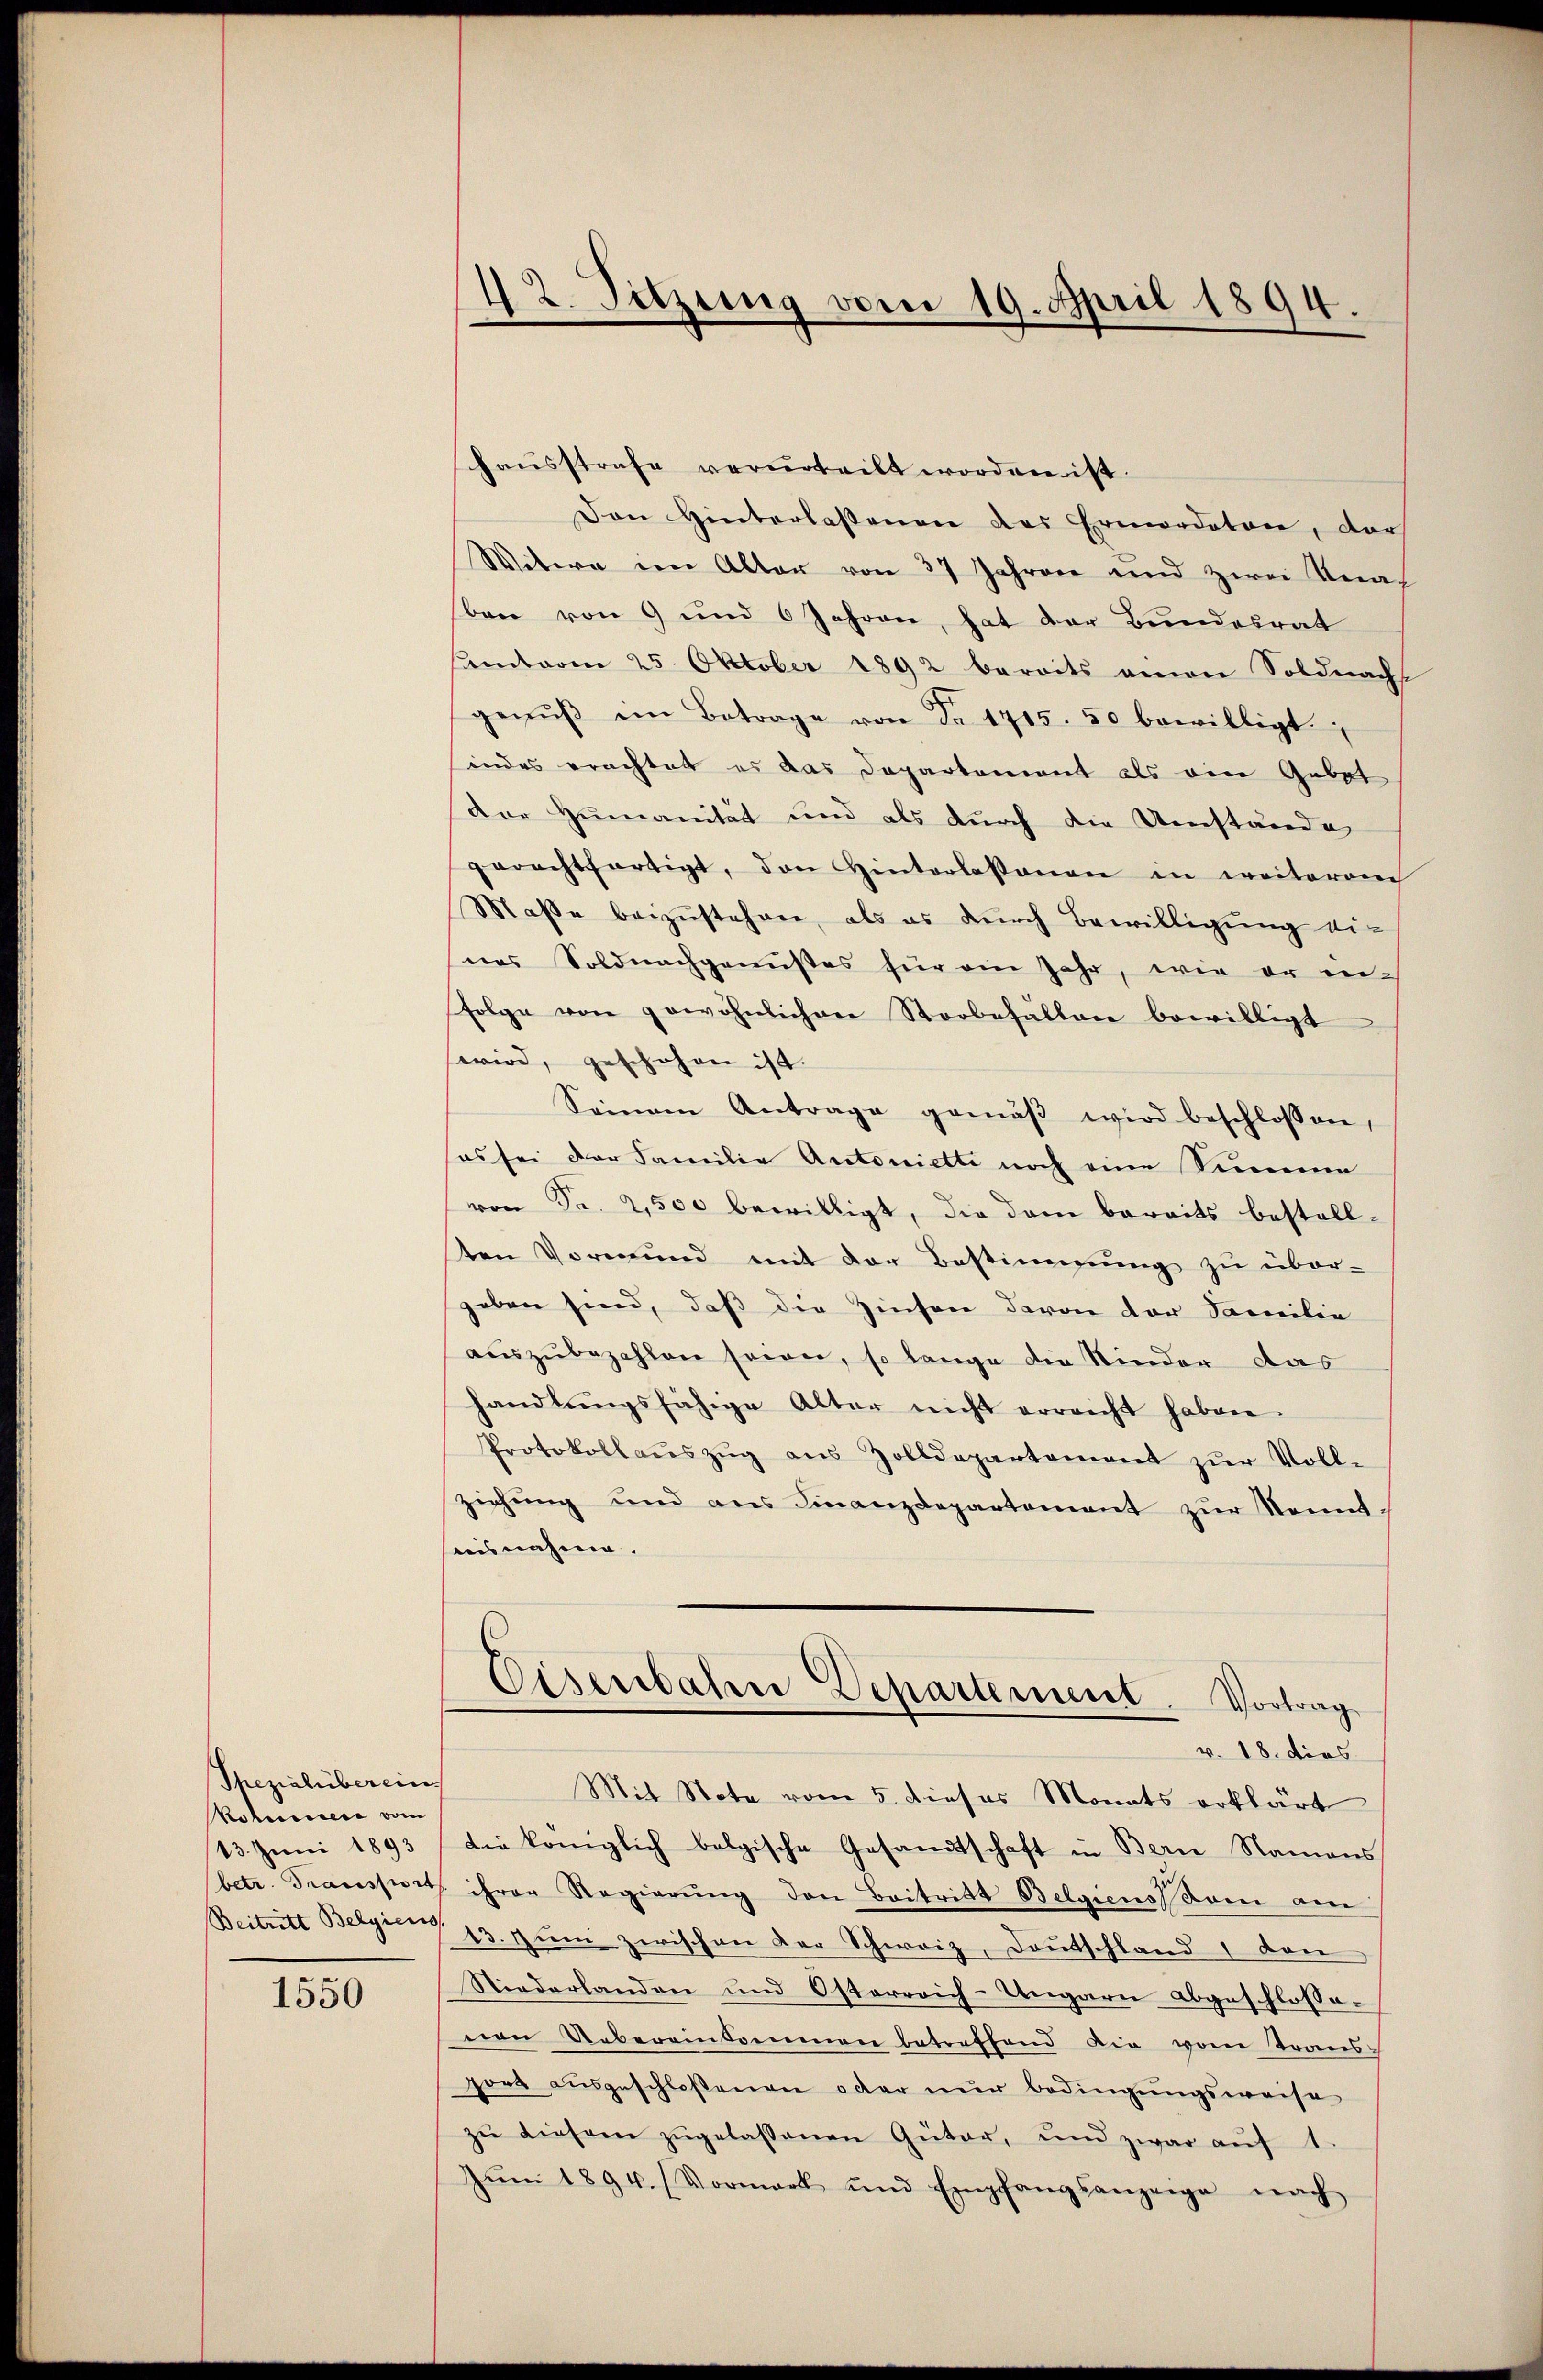
Thezialiberein
Potuiere vom
13. Juni 1893

1550

42. Sitzung vom 19. April 1894.

haŭsstrafe verurteilt worden ist.
Den Hinterlassenen des Ermordeten, der
Witwe im Alter von 37 Jahren und zwei Kraf
ben von 9 und 6 Jahren, hat der Bundesrat
samt vom 25. Oktober 1892 bereits einen Soldnach
genŭβ im Betrage von Fr. 1715. 50 bewilligt.
inders erachtet es das Departement als ein Gebot
der Humanität und als durch die Umstände
gerechtfertigt, den Hinterlassenen in weiterem
Maße beizustehen, als es durch Bewilligung eines Soldnachgenußes für ein Jahr, wie er in-
folge von gewöhnlichen Storbefällen bewilligt
wird, geschehen ist.
Sanen Antrage gemäβ wird beschlossen,
es sei der Familie Autoniette noch eine Summe
von Fr. 2,500 bewilligt, die dem bereits bestellten Vormund mit der Bestimmung zu über-
geben sind, daß die Zinsen davon der Familie
aŭszŭbezahlen seien, so lange die Nieder das
handlŭngsfähige Alter nicht erreicht haben.
Protokollaŭszŭg aŭs Zolldepartement zŭr Voll-
ziehung und ans Finanzdepartement zur Sonnt.
aisnahme.
Eisenbahne Departement. Vortrag
v. 18. dies
Mit Note vom 5. dieses Monats erklärt
die Königlich belgische Gesandtschaft in Bern Namens
betr. Traussiert ihrer Regierŭng den Beitritt Belgiens kam am
Beitritt Belgien 13. zŭm zwischen der Schweiz, deŭtschland 1 den
Niederlanden und Osterreich-Ungarn abgeschlossevon Uebereinkommen betreffend die vom Trans-
port aŭsgeschloßenen oder nŭr bedingungsweise
zŭ diesem zŭgelassenen Güter, und zwar aŭf 1.
Jŭm 1894. (Vormark und Empfangsanzeige nach